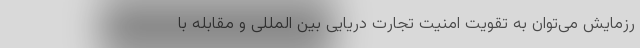
رزمایش می‌توان به تقویت امنیت تجارت دریایی بین المللی و مقابله با